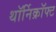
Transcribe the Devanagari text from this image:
थॉर्निक्रॉफ्ट